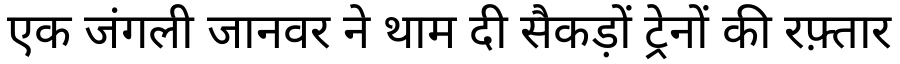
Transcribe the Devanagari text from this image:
एक जंगली जानवर ने थाम दी सैकड़ों ट्रेनों की रफ़्तार